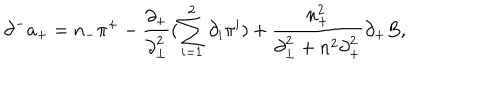
{ \partial } ^ { - } a _ { + } = n _ { - } { \pi } ^ { + } - \frac { { \partial } _ { + } } { { \partial } _ { \bot } ^ { 2 } } ( \sum _ { i = 1 } ^ { 2 } { \partial } _ { i } { \pi } ^ { i } ) + \frac { n _ { + } ^ { 2 } } { { \partial } _ { \bot } ^ { 2 } + n ^ { 2 } { \partial } _ { + } ^ { 2 } } { \partial } _ { + } B ,